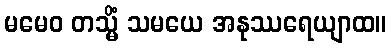
မမေဝ တသ္မိံ သမယေ အနုဿရေယျာထ။